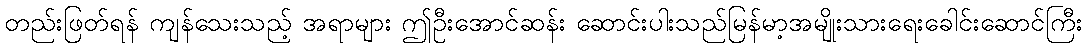
တည်းဖြတ်ရန် ကျန်သေးသည့် အရာများ ဤဦးအောင်ဆန်း ဆောင်းပါးသည်မြန်မာ့အမျိုးသားရေးခေါင်းဆောင်ကြီး